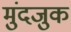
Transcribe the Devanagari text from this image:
मुंदजुक